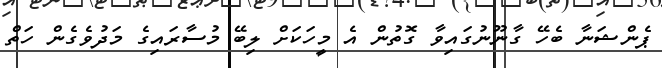
ޕެންޝަނާ ބެހޭ ގާނޫނުގައިވާ ގޮތުން އެ މީހަކަށް ލިބޭ މުސާރައިގެ މަދުވެގެން ހަތް